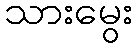
သားမွေး